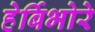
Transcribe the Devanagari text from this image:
हेर्बिभोरे